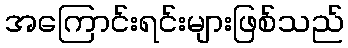
အကြောင်းရင်းများဖြစ်သည်